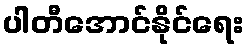
ပါတီအောင်နိုင်ရေး